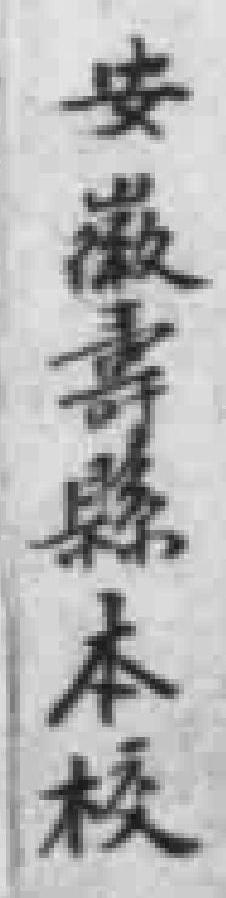
安徽夀縣本校